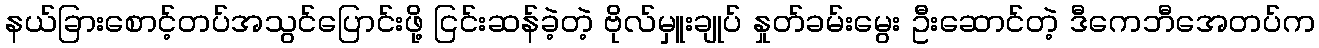
နယ်ခြားစောင့်တပ်အသွင်ပြောင်းဖို့ ငြင်းဆန်ခဲ့တဲ့ ဗိုလ်မှူးချုပ် နှုတ်ခမ်းမွေး ဦးဆောင်တဲ့ ဒီကေဘီအေတပ်က